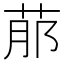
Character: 𦰢